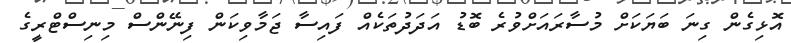
އޮޅިގެން ގިނަ ބަޔަކަށް މުސާރައަށްވުރެ ބޮޑު އަދަދުތަކެއް ފައިސާ ޖަމާވިކަން ފިނޭންސް މިނިސްޓްރީގެ